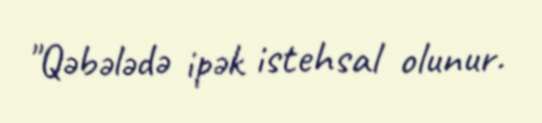
"Qəbələdə ipək istehsal olunur.